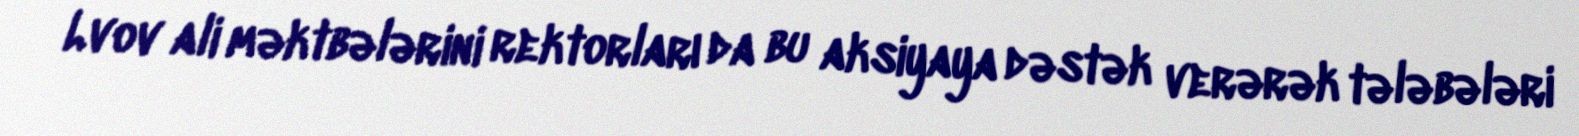
Lvov ali məktbələrini rektorları da bu aksiyaya dəstək verərək tələbələri